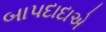
બાપદાદાએ